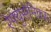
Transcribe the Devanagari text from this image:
रेफ्युसेनिक्स